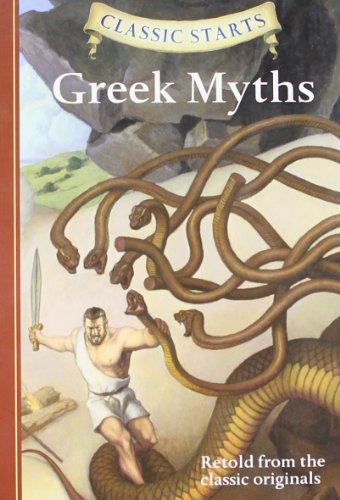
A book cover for Classic StartsEE¢: Greek Myths (Classic Starts(TM) Series); Children's Books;